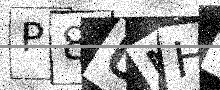
Text: P8UMH1